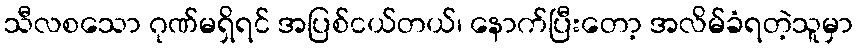
သီလစသော ဂုဏ်မရှိရင် အပြစ်ငယ်တယ်၊ နောက်ပြီးတော့ အလိမ်ခံရတဲ့သူမှာ